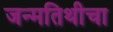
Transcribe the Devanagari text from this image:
जन्मतिथीचा